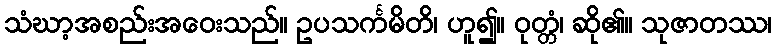
သံဃာ့အစည်းအဝေးသည်။ ဥပသင်္ကမိတိ၊ ဟူ၍။ ဝုတ္တံ၊ ဆို၏။ သုဇာတဿ၊